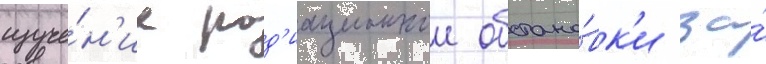
изуче́н'ие рад'иационнои обстано́вк'и за́